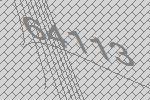
64113